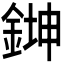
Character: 𫒨